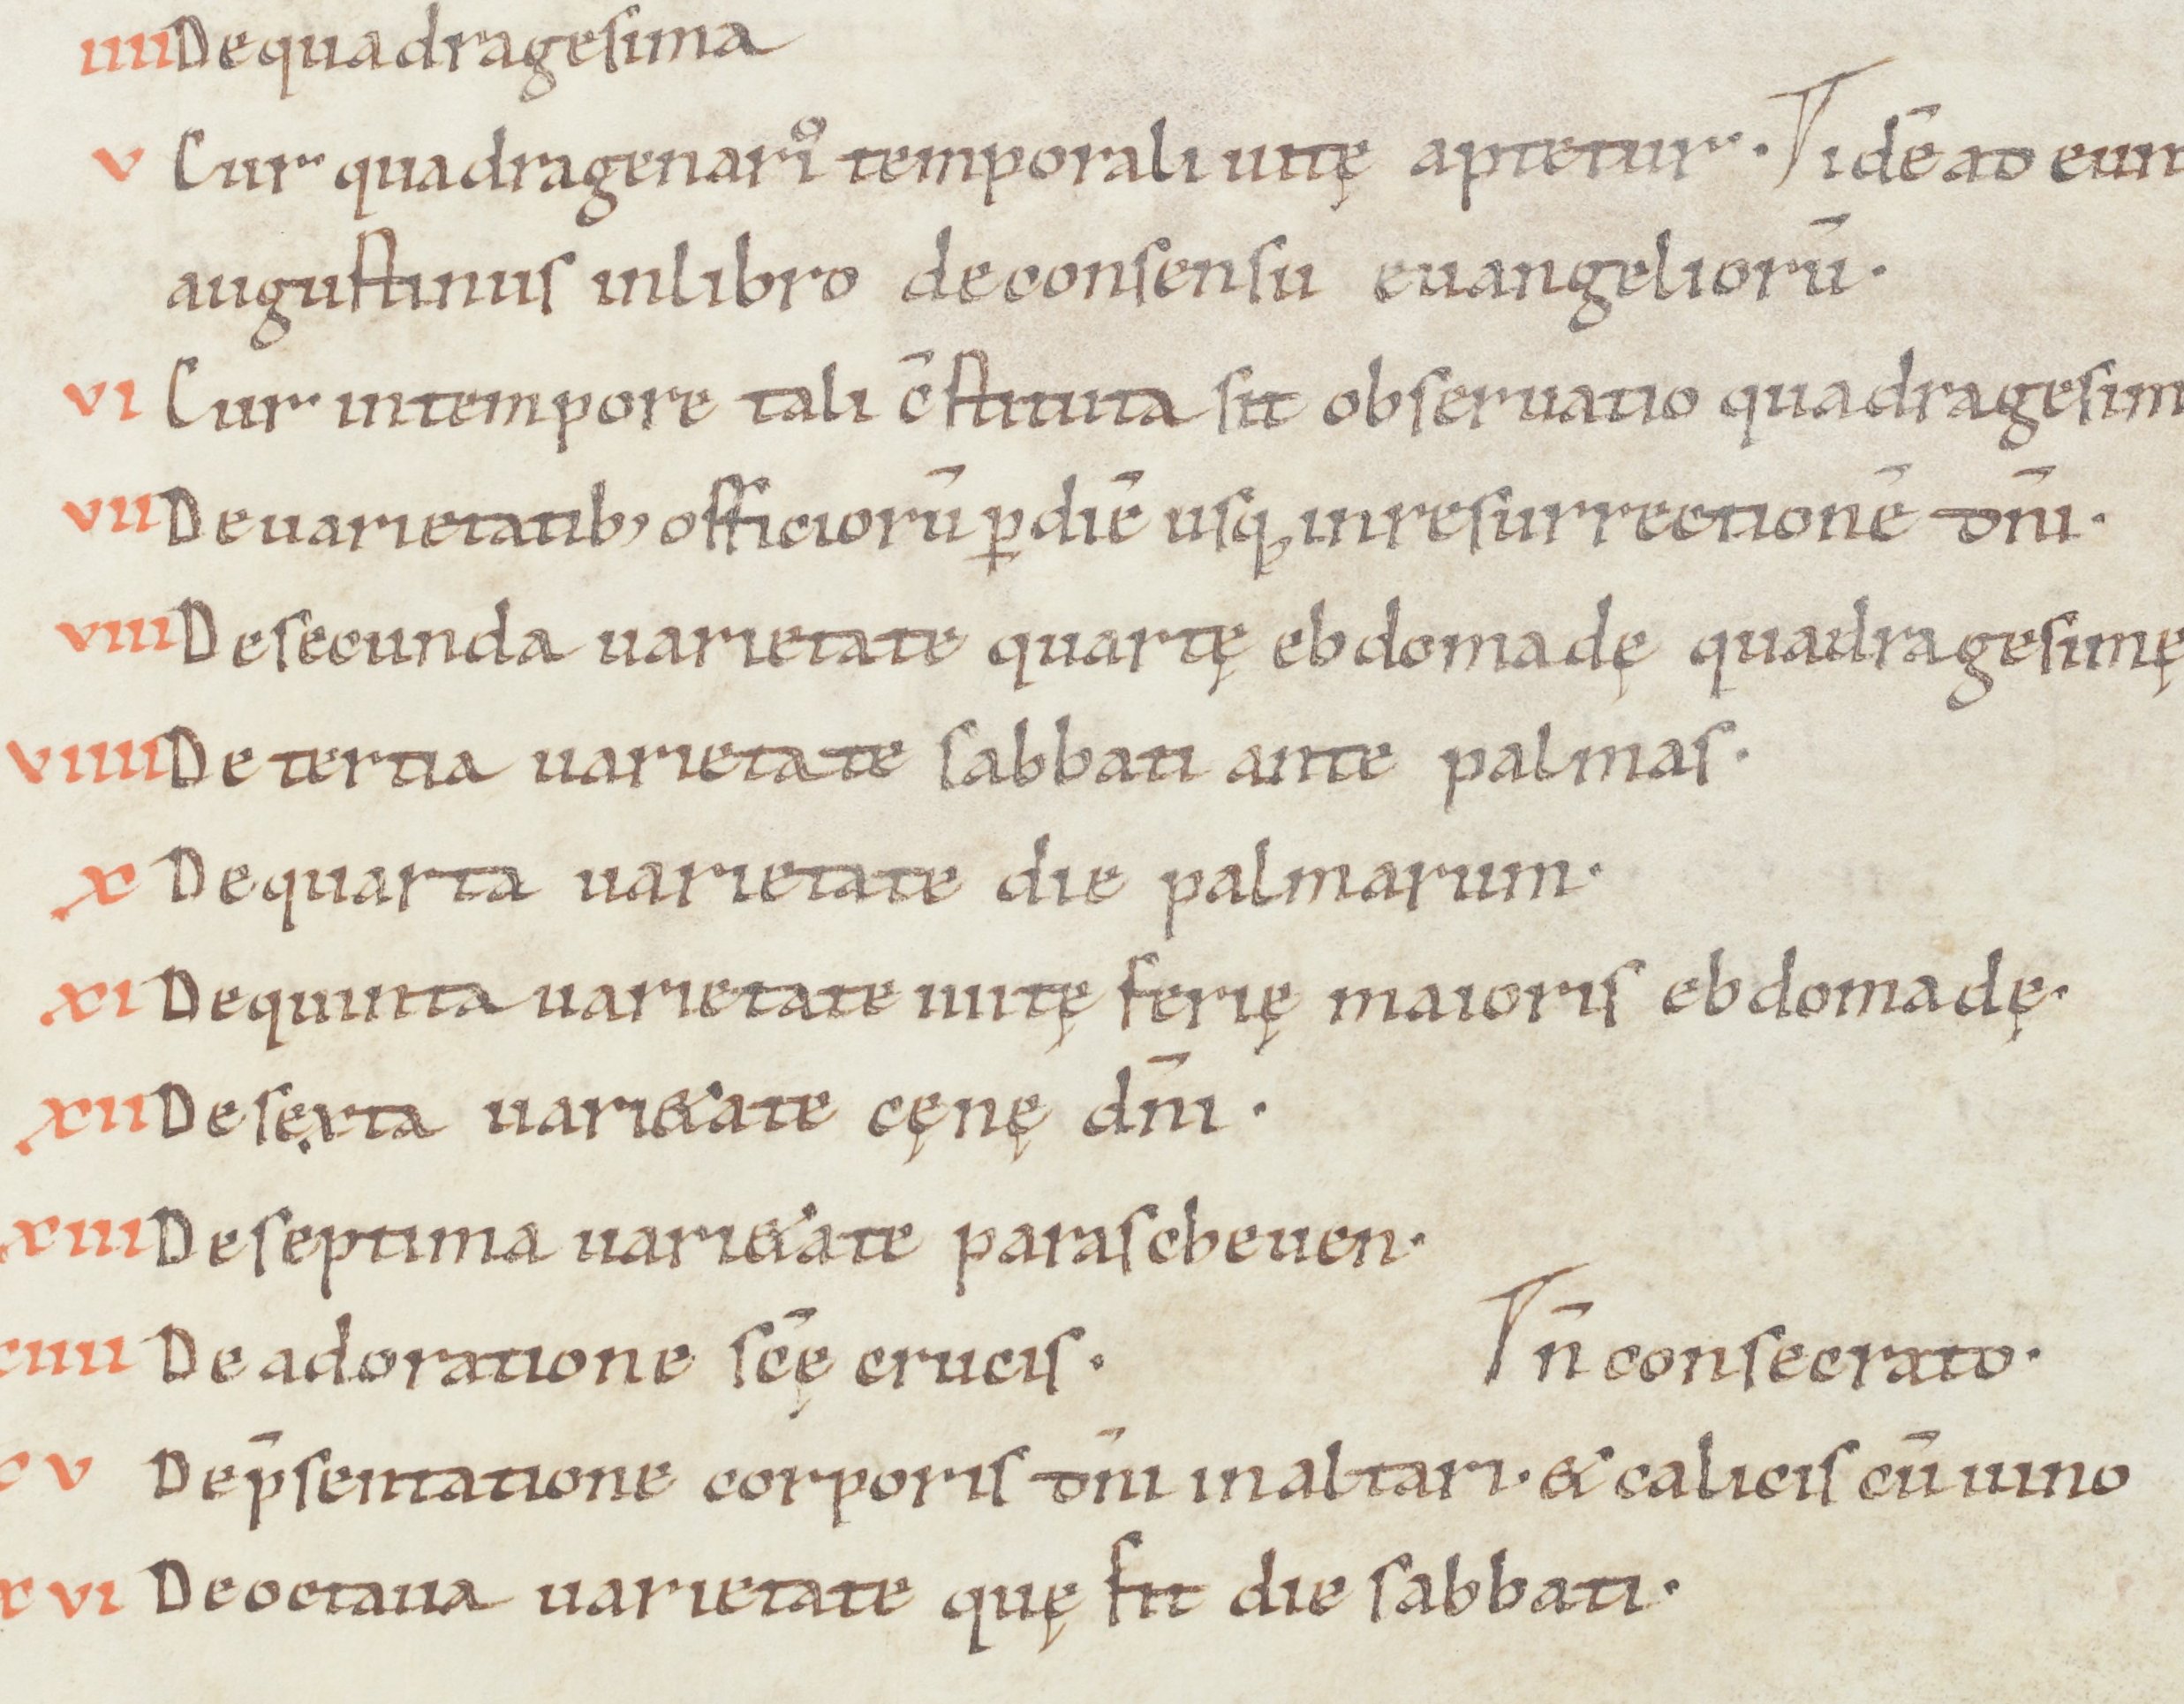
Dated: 1050–1099